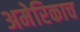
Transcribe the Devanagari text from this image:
अमेरिकाच